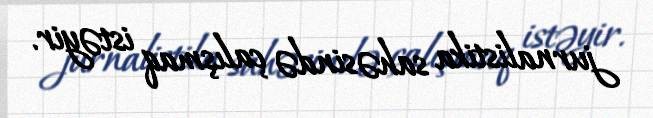
jurnalistika sahəsində çalışmaq istəyir.